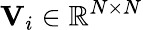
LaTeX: {\mathbf V}_{i}\in\mathbb{R}^{N\times N}